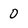
Character: O